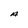
Character: A